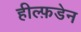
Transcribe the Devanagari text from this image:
हील्फ़डेन